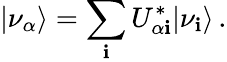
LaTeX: |\nu_{\alpha}\rangle=\sum_{\mathbf{i}}U_{\alpha\mathbf{i}}^{*}|\nu_{\mathbf{i}}\rangle\, .